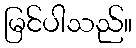
မြင်ပါသည်။